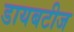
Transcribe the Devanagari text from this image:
डायबटीज